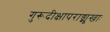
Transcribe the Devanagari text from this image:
गुरूदीक्षापराङ्मुखाः